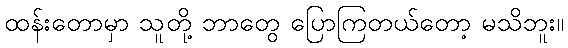
ထန်းတောမှာ သူတို့ ဘာတွေ ပြောကြတယ်တော့ မသိဘူး။